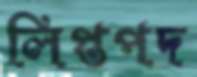
লিপ্তপদ